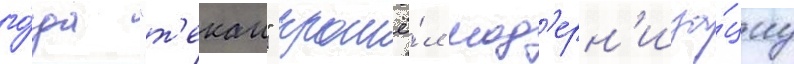
го́да "т'екаи" прошё́л мод'ерн'иза́циу